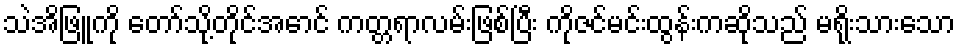
သဲအိဖြူကို တော်သို့တိုင်အောင် ကတ္တရာလမ်းဖြစ်ပြီး ကိုဇင်မင်းထွန်းကဆိုသည် မရိုးသားသော